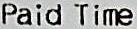
PAID TIME